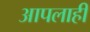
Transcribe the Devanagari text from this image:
आपलाही